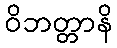
ဝိဘတ္တာနိ